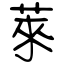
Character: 萊